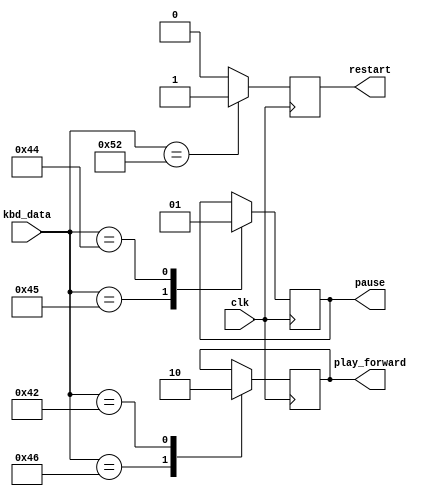
module keypress_to_command (clk, kbd_data, pause, play_forward, restart);
input clk;		//ps2 clock
input [7:0] kbd_data;		//keyboard ascii data
output reg pause;		//flag for pausing music
output reg play_forward;		//flag for reversing music
output reg restart;		//flag for restarting music

//numbers
parameter character_0 =8'h30;
parameter character_1 =8'h31;
parameter character_2 =8'h32;
parameter character_3 =8'h33;
parameter character_4 =8'h34;
parameter character_5 =8'h35;
parameter character_6 =8'h36;
parameter character_7 =8'h37;
parameter character_8 =8'h38;
parameter character_9 =8'h39;


//Uppercase Letters
parameter character_A =8'h41;
parameter character_B =8'h42;
parameter character_C =8'h43;
parameter character_D =8'h44;
parameter character_E =8'h45;
parameter character_F =8'h46;
parameter character_G =8'h47;
parameter character_H =8'h48;
parameter character_I =8'h49;
parameter character_J =8'h4A;
parameter character_K =8'h4B;
parameter character_L =8'h4C;
parameter character_M =8'h4D;
parameter character_N =8'h4E;
parameter character_O =8'h4F;
parameter character_P =8'h50;
parameter character_Q =8'h51;
parameter character_R =8'h52;
parameter character_S =8'h53;
parameter character_T =8'h54;
parameter character_U =8'h55;
parameter character_V =8'h56;
parameter character_W =8'h57;
parameter character_X =8'h58;
parameter character_Y =8'h59;
parameter character_Z =8'h5A;

//Lowercase Letters
parameter character_lowercase_a= 8'h61;
parameter character_lowercase_b= 8'h62;
parameter character_lowercase_c= 8'h63;
parameter character_lowercase_d= 8'h64;
parameter character_lowercase_e= 8'h65;
parameter character_lowercase_f= 8'h66;
parameter character_lowercase_g= 8'h67;
parameter character_lowercase_h= 8'h68;
parameter character_lowercase_i= 8'h69;
parameter character_lowercase_j= 8'h6A;
parameter character_lowercase_k= 8'h6B;
parameter character_lowercase_l= 8'h6C;
parameter character_lowercase_m= 8'h6D;
parameter character_lowercase_n= 8'h6E;
parameter character_lowercase_o= 8'h6F;
parameter character_lowercase_p= 8'h70;
parameter character_lowercase_q= 8'h71;
parameter character_lowercase_r= 8'h72;
parameter character_lowercase_s= 8'h73;
parameter character_lowercase_t= 8'h74;
parameter character_lowercase_u= 8'h75;
parameter character_lowercase_v= 8'h76;
parameter character_lowercase_w= 8'h77;
parameter character_lowercase_x= 8'h78;
parameter character_lowercase_y= 8'h79;
parameter character_lowercase_z= 8'h7A;

//Other Characters
parameter character_colon = 8'h3A;          //':'
parameter character_stop = 8'h2E;           //'.'
parameter character_semi_colon = 8'h3B;   //';'
parameter character_minus = 8'h2D;         //'-'
parameter character_divide = 8'h2F;         //'/'
parameter character_plus = 8'h2B;          //'+'
parameter character_comma = 8'h2C;          // ','
parameter character_less_than = 8'h3C;    //'<'
parameter character_greater_than = 8'h3E; //'>'
parameter character_equals = 8'h3D;         //'='
parameter character_question = 8'h3F;      //'?'
parameter character_dollar = 8'h24;         //'$'
parameter character_space=8'h20;           //' '     
parameter character_exclaim=8'h21;          //'!'

//initialize flags
initial pause = 1'b1;
initial play_forward = 1'b1;
initial restart = 1'b0;

//sets pause, playforward, and restart flags based on ascii code provided by kbd_data
always @(posedge clk) begin
  case (kbd_data)
    character_E: begin
    			 pause = 1'b0;
    			 restart = 1'b0;
    			 end
    character_D: begin
    			 pause = 1'b1;
    			 restart = 1'b0;
    			 end
    character_F: begin
    			 play_forward = 1'b1;
    			 restart = 1'b0;
    			 end
    character_B: begin
    			 play_forward = 1'b0;
    			 restart = 1'b0;
    			 end
    character_R: restart = 1'b1;
    default: restart = 1'b0;
  endcase
end
endmodule